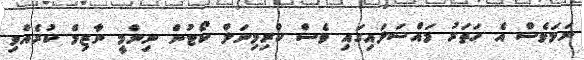
ނަމަވެސް އެ ހަތަރު މައްސަލައިގައި ވެސް ކްރިމިނަލް ކޯޓުން ނިންމީ ނާޒިމް ކުރެއްވި